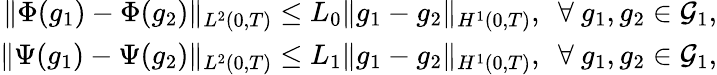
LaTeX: \begin{array}{r}{\Vert\Phi(g_{1})-\Phi(g_{2})\Vert_{L^{2}(0,T)}\leq L_{0}\Vert g_{1}-g_{2}\Vert_{H^{1}(0,T)},\ \ \forall\ g_{1},g_{2}\in\mathcal{G}_{1},}\\ {\Vert\Psi(g_{1})-\Psi(g_{2})\Vert_{L^{2}(0,T)}\leq L_{1}\Vert g_{1}-g_{2}\Vert_{H^{1}(0,T)},\ \ \forall\ g_{1},g_{2}\in\mathcal{G}_{1},}\end{array}